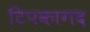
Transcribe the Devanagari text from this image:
टिपकागद